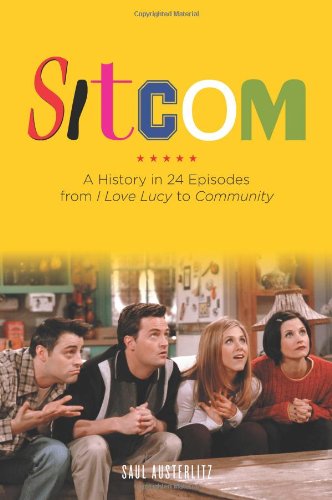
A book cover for Sitcom: A History in 24 Episodes from I Love Lucy to Community; Saul Austerlitz; Humor & Entertainment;